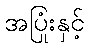
အပြုံးနှင့်